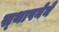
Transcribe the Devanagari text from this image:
स्‍थापनेने